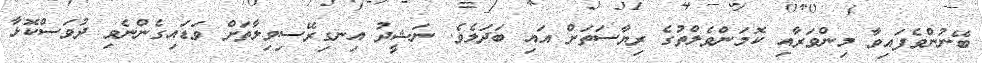
ބޭނުންވެފައިވާ މިންވަރާއި ކޮމަންވެލްތުގެ ރިޔާސަތަށް އައި ބަދަލެވެ. ނަޝީދު އިނގިރޭސިވިލާތަށް ވަޑައިގެންނެވި ދުވަސްކޮޅާ